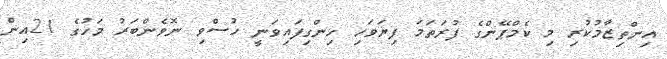
އިންތިޒާމުކުރި މި ކެމްޕޭންގެ ފުރަތަމަ ފިޔަވަހި ހިންގިފައިވަނީ ހުސްވި ނޮވެންބަރު މަހުގެ 21އިން